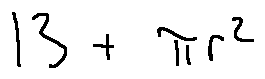
1 3 + \pi r ^ { 2 }